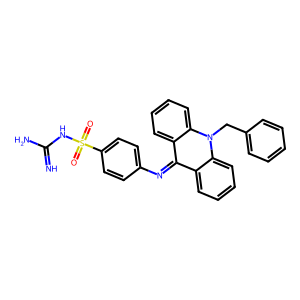
SMILES: N=C(N)NS(=O)(=O)c1ccc(N=c2c3ccccc3n(Cc3ccccc3)c3ccccc23)cc1
Inhibits HIV replication: No